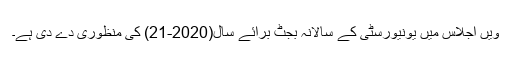
ویں اجلاس میں یونیورسٹی کے سالانہ بجٹ برائے سال(2020-21) کی منظوری دے دی ہے۔